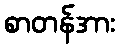
စာတန်အား